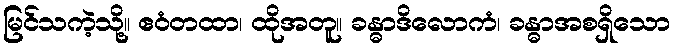
မြင်သကဲ့သို့။ ဧဝံတထာ၊ ထိုအတူ။ ခန္ဓာဒိလောကံ၊ ခန္ဓာအစရှိသော